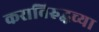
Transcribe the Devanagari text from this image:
कराविरुद्धच्या